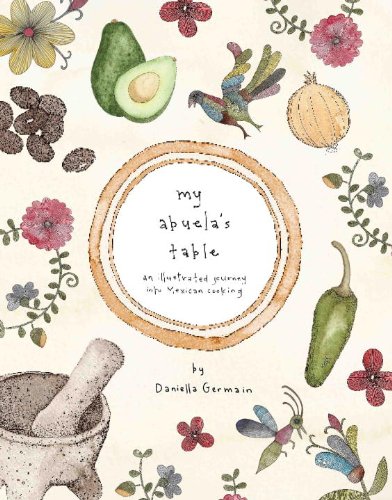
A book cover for My Abuela's Table: An Illustrated Journey into Mexican Cooking; Daniella Germain; Cookbooks, Food & Wine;